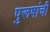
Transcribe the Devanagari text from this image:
पुरूषांची